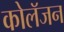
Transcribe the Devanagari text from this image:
कोलॅजन